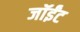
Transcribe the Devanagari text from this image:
जॉईंट